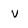
Character: V